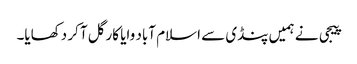
پیجی نے ہمیں پنڈی سے اسلام آباد وایا کارگل آ کر دکھایا۔